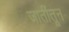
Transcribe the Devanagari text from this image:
जातींतून